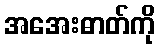
အအေးဓာတ်ကို